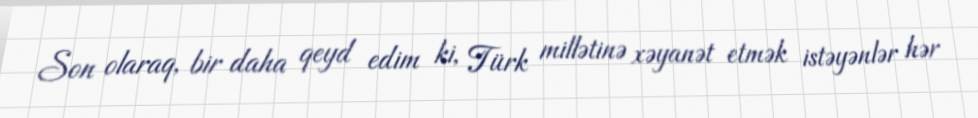
Son olaraq, bir daha qeyd edim ki, Türk millətinə xəyanət etmək istəyənlər hər